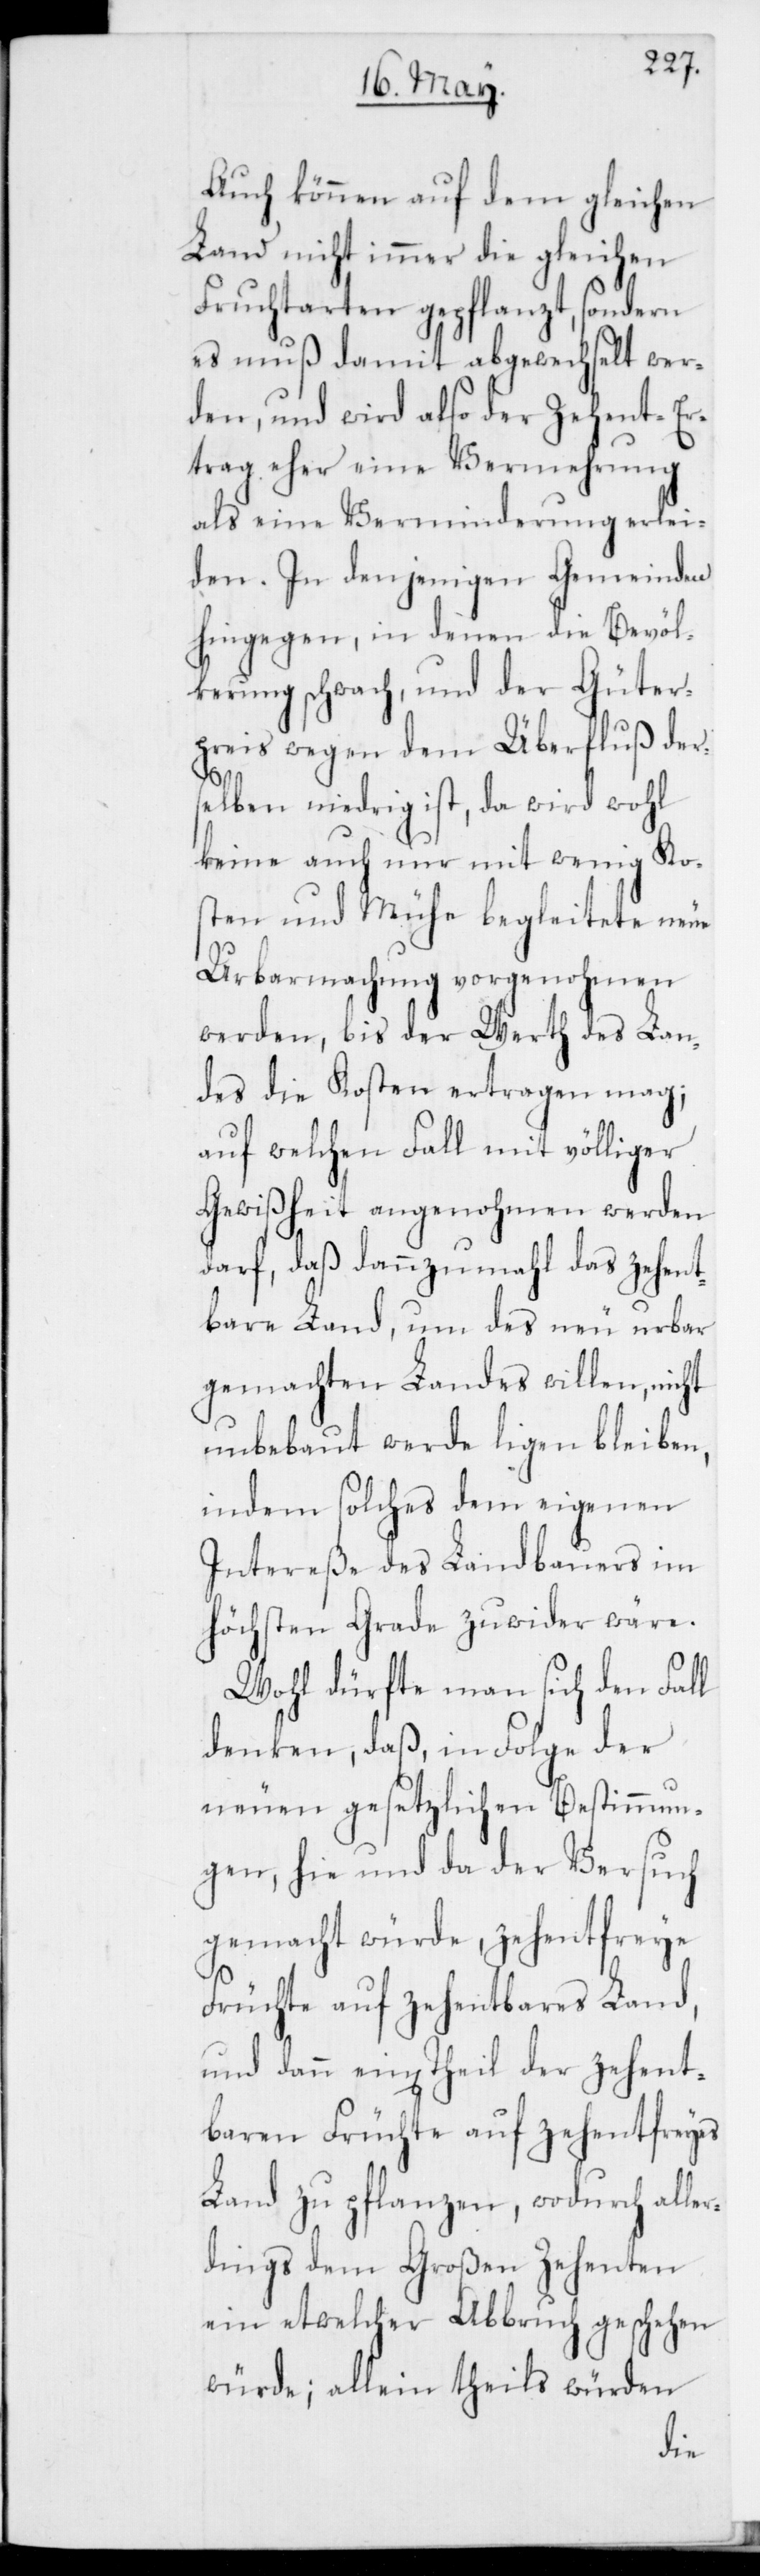
Auch können auf dem gleichen
Land nicht immer die gleichen
Fruchtarten gepflanzt, sondern
es muß damit abgewechselt wer¬
den, und wird also der Zehent-Er¬
trag eher eine Vermehrung
als eine Verminderung erlei¬
den. In denjenigen Gemeinden
hingegen, in denen die Bevöl¬
kerung schwach und der Güter¬
preis wegen dem Überfluß ders¬
elben niedrig ist, da wird wohl
keine auch nur mit wenig Ko¬
sten und Mühe begleitete neue
Urbarmachung vorgenohmen
werden, bis der Werth des Lan¬
des die Kosten ertragen mag;
auf welchen Fall mit völliger
Gewißheit angenohmen werden
darf, daß dannzumahl das zehent¬
bare Land, um des neu urbar
gemachten Landes willen, nicht
unbebaut werde ligen bleiben,
indem solches dem eigenen
Intereße des Landbauers im
höchsten Grade zuwider wäre.
Wohl dürfte man sich den Fall
denken, daß, in Folge der
neuen gesetzlichen Bestimmun¬
gen, hie und da der Versuch
gemacht würde, zehentfreye
Früchte auf zehentbares Land,
und dann ein[en] Theil der zehent¬
baren Früchte auf zehentfreyes
Land zu pflanzen, wodurch alle¬
rdings dem Großen Zehenten
ein etwelcher Abbruch geschehen
würde; allein theils würden